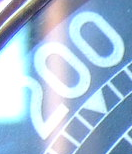
200